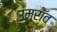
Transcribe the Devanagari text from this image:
उमरॉव